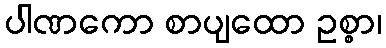
ပါဏကော စာပျထော ဥစ္စာ၊